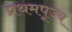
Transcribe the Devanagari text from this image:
प्रथमपूज्य